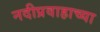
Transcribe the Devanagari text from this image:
नदीप्रवाहाच्या